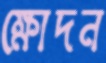
ক্ষোদন